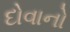
દોવાનો